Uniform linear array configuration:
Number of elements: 12
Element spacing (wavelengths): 1
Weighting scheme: exponential
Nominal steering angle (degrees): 0
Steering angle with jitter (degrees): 1.408
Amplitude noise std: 0.05
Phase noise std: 0.05

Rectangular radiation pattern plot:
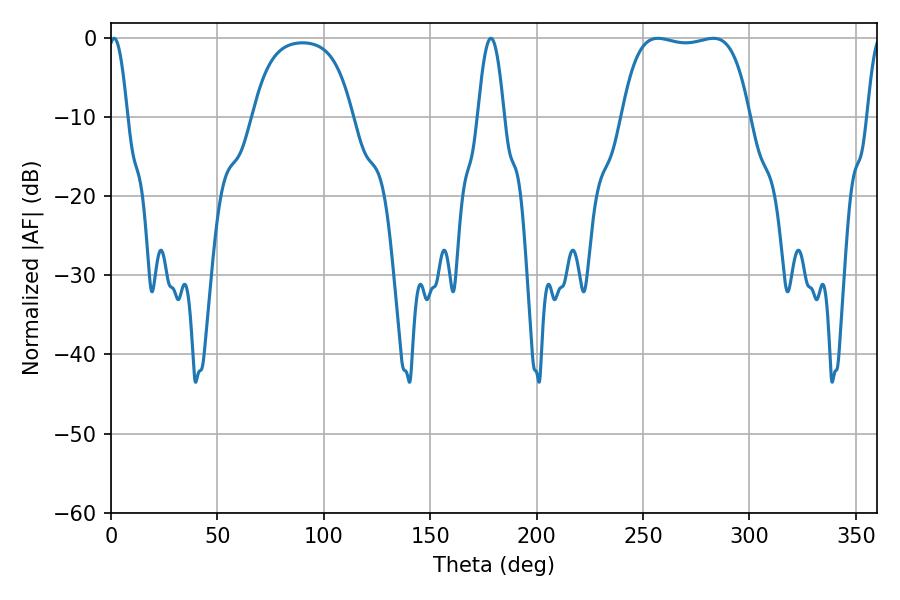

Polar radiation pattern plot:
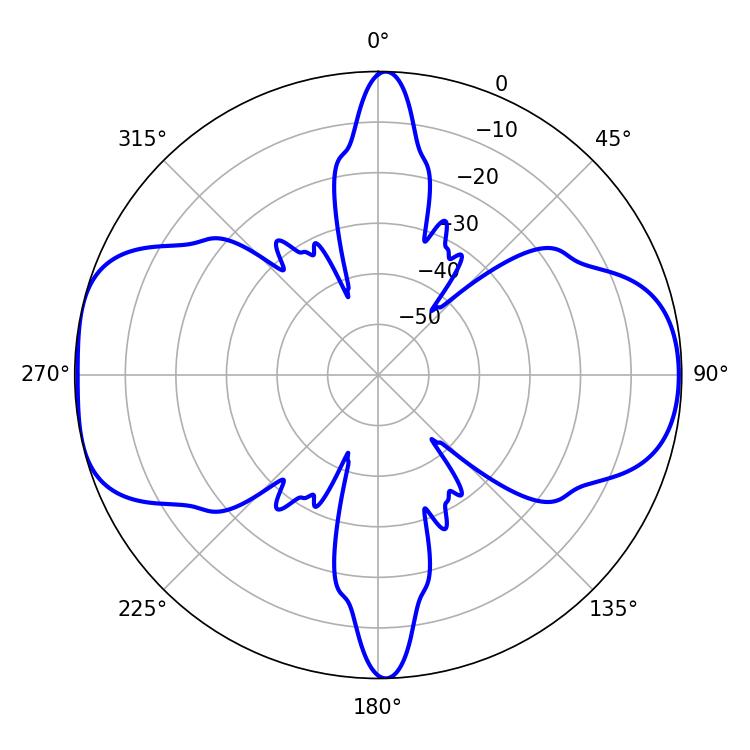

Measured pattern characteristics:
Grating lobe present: TRUE
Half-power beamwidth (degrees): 47.52
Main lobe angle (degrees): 257.04